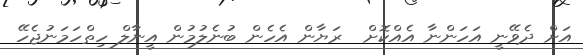
އަށް ދެވޭނީ އަހަންނާ އެއްކޮށް  ރަޔާން އެހެން ބުނެލުމުން އީނާލް ހިތްހަމަނުޖެހޭ